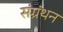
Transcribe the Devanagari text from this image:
संग्रंथन